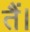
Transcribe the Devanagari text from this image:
तैं।